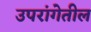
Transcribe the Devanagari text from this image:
उपरांगेतील